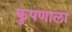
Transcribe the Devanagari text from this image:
कुपणाला